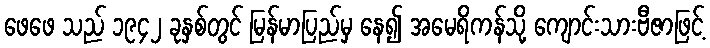
ဖေဖေ သည် ၁၉၄၂ ခုနှစ်တွင် မြန်မာပြည်မှ နေ၍ အမေရိကန်သို့ ကျောင်းသားဗီဇာဖြင့်